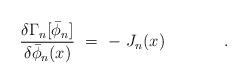
LaTeX: \begin{align*}{\delta \Gamma_n [\bar\phi_n]\over \delta \bar\phi_n (x)}\ =\ -\ J_n(x)\hspace{1.5cm} .\hspace{0.5cm}\\\end{align*}